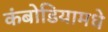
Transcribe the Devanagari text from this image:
कंबोडियामधे